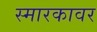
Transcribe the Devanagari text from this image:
स्मारकावर